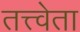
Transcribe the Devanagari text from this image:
तत्त्वेता